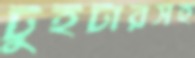
টুইটারসহ